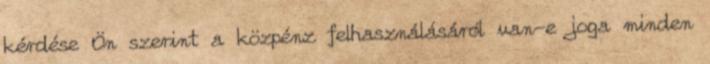
kérdése Ön szerint a közpénz felhasználásáról van-e joga minden